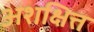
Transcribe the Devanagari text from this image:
अशक्षित्त